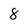
Character: 8